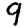
Digit: 9